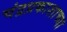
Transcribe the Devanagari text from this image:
चंद्रप्रकाशाच्या